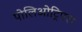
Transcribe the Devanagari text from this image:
पोलिओट्रिपल